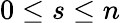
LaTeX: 0\leq s\leq n